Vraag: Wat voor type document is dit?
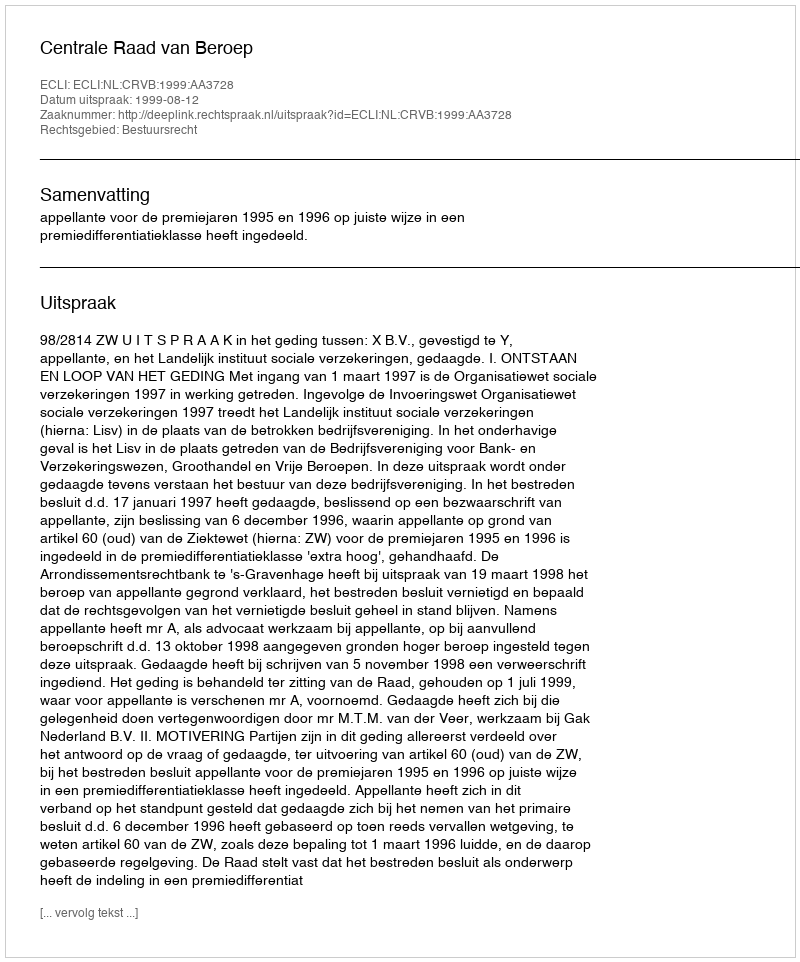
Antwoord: Uitspraak